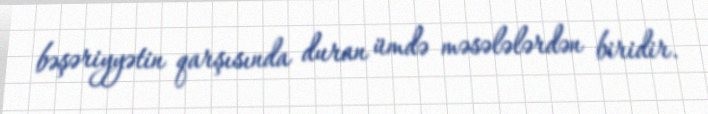
bəşəriyyətin qarşısında duran ümdə məsələlərdən biridir.